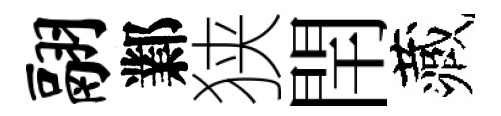
翮鄴狭閈藏